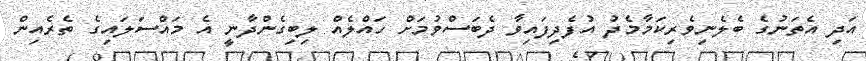
އަދި އެތަނުގެ ބެލެނިވެރިކަމާމެދު އުފެދިފައިވާ ދެބަސްވުމަށް ހައްލެއް ލިބިގެންދާނީ އެ މައްސަލައިގެ ތެރެއިން